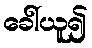
ခေါ်ယူ၍